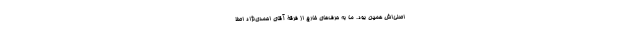
اصلی‌اش همین بود. ما به حرف‌های خارج از فرقۀ آقای احمدی‌نژاد اصلاً